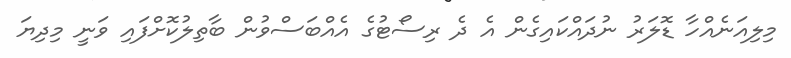
މިލިއަނެއްހާ ޑޮލަރު ނުދައްކައިގެން އެ ދެ ރިސޯޓުގެ އެއްބަސްވުން ބާތިލުކޮށްފައި ވަނީ މިދިޔަ